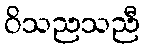
ဝိသညသညီ